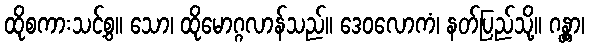
ထိုစကားသင့်စွ။ သော၊ ထိုမောဂ္ဂလာန်သည်။ ဒေဝလောကံ၊ နတ်ပြည်သို့။ ဂန္တွာ၊